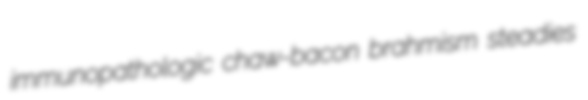
immunopathologic chaw-bacon brahmism steadies